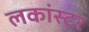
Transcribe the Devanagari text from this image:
लकांस्टर